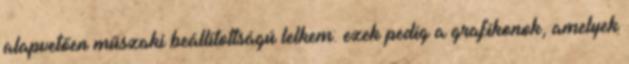
alapvetően műszaki beállítottságú lelkem: ezek pedig a grafikonok, amelyek